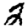
Digit: 2